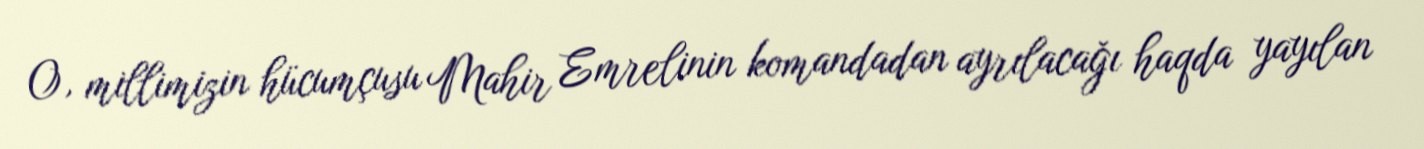
O, millimizin hücumçusu Mahir Emrelinin komandadan ayrılacağı haqda yayılan